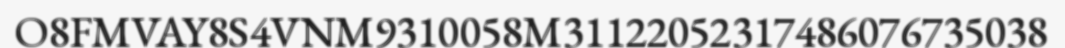
O8FMVAY8S4VNM9310058M31122052317486076735038